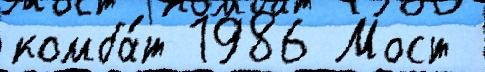
комба́т 1986 Мост